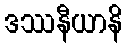
ဒဿနီယာနိ